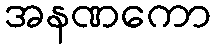
အနဏကော